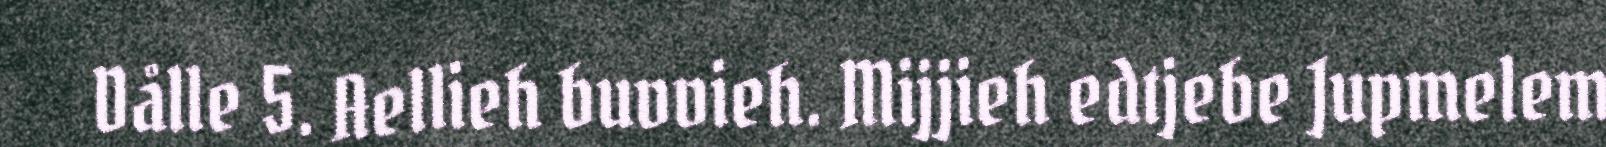
Dålle 5. Aellieh buvvieh. Mijjieh edtjebe Jupmelem